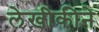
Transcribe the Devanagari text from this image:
लेखीकीने